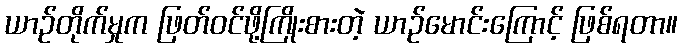
ယာဉ်တိုက်မှုက ဖြတ်ဝင်ဖို့ကြိုးစားတဲ့ ယာဉ်မောင်းကြောင့် ဖြစ်ရတာ။